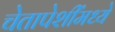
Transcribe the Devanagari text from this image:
चेतापेशींमध्ये